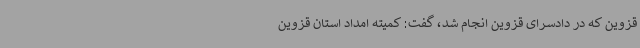
قزوین که در دادسرای قزوین انجام شد، گفت: کمیته امداد استان قزوین